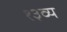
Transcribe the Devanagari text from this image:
१३व्य